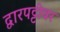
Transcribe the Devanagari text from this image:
द्वारपट्टीवर